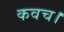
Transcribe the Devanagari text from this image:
कवच।